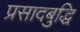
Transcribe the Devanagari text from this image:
प्रसादबुद्धि